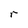
Character: r